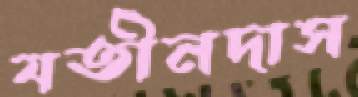
যতীনদাস